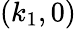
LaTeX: (k_{1},0)